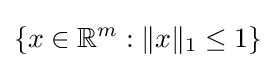
\{x\in \mathbb {R} ^{m}:\|x\|_{1}\leq 1\}